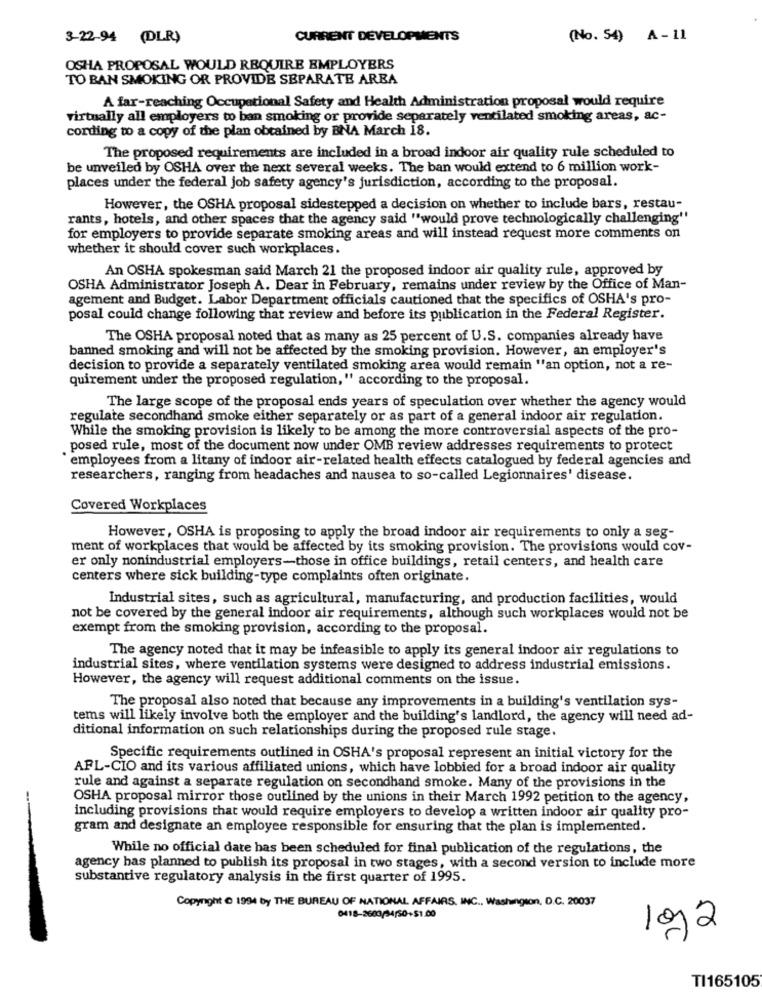
3-22-94 (DLR)
CURRENT DEVELOPMENTS
(No. 54) A-11
OSHA PROPOSAL WOULD REQUIRE EMPLOYERS
TO BAN SMOKING OR PROVIDE SEPARATE AREA
A far-reaching Occupational Safety and Health Administration proposal would require
virtually all employers to ban smoking or provide separately ventilated smoking areas, ac-
cording to a copy of the plan obtained by BNA March 18.
The proposed requirements are included in a broad indoor air quality rule scheduled to
be unveiled by OSHA over the next several weeks. The ban would extend to 6 million work-
places under the federal job safety agency's jurisdiction, according to the proposal.
However, the OSHA proposal sidestepped a decision on whether to include bars, restau-
rants, hotels, and other spaces that the agency said "would prove technologically challenging"
for employers to provide separate smoking areas and will instead request more comments on
whether it should cover such workplaces.
An OSHA spokesman said March 21 the proposed indoor air quality rule, approved by
OSHA Administrator Joseph A. Dear in February, remains under review by the Office of Man-
agement and Budget. Labor Department officials cautioned that the specifics of OSHA's pro-
posal could change following that review and before its publication in the Federal Register.
The OSHA proposal noted that as many as 25 percent of U.S. companies already have
banned smoking and will not be affected by the smoking provision. However, an employer's
decision to provide a separately ventilated smoking area would remain "an option, not a re-
quirement under the proposed regulation, " according to the proposal.
The large scope of the proposal ends years of speculation over whether the agency would
regulate secondhand smoke either separately or as part of a general indoor air regulation.
While the smoking provision is likely to be among the more controversial aspects of the pro-
posed rule, most of the document now under OMB review addresses requirements to protect
employees from a litany of indoor air-related health effects catalogued by federal agencies and
researchers, ranging from headaches and nausea to so-called Legionnaires' disease.
Covered Workplaces
However, OSHA is proposing to apply the broad indoor air requirements to only a seg-
ment of workplaces that would be affected by its smoking provision. The provisions would cov-
er only nonindustrial employers-those in office buildings, retail centers, and health care
centers where sick building-type complaints often originate.
Industrial sites, such as agricultural, manufacturing, and production facilities, would
not be covered by the general indoor air requirements, although such workplaces would not be
exempt from the smoking provision, according to the proposal.
The agency noted that it may be infeasible to apply its general indoor air regulations to
industrial sites, where ventilation systems were designed to address industrial emissions.
However, the agency will request additional comments on the issue.
The proposal also noted that because any improvements in a building's ventilation sys-
tems will likely involve both the employer and the building's landlord, the agency will need ad-
ditional information on such relationships during the proposed rule stage.
Specific requirements outlined in OSHA's proposal represent an initial victory for the
AFL-CIO and its various affiliated unions, which have lobbied for a broad indoor air quality
rule and against a separate regulation on secondhand smoke. Many of the provisions in the
OSHA proposal mirror those outlined by the unions in their March 1992 petition to the agency,
including provisions that would require employers to develop a written indoor air quality pro-
gram and designate an employee responsible for ensuring that the plan is implemented.
While no official date has been scheduled for final publication of the regulations, the
agency bas planned to publish its proposal in two stages, with a second version to include more
substantive regulatory analysis in the first quarter of 1995.
Copyright @ 1994 by THE BUREAU OF NATIONAL AFFAIRS, INC ., Washington, D.C. 20037
0418-2600/34/50+$1.00
102
TI165105